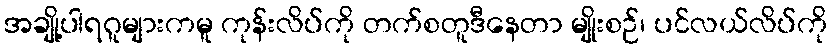
အချို့ပါရဂူများကမူ ကုန်းလိပ်ကို တက်စတူဒီနေတာ မျိုးစဉ်၊ ပင်လယ်လိပ်ကို